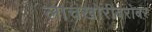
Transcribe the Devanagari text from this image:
लाचखोरीबरोबर